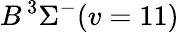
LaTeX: B\, {}^{3}\Sigma^{-}(v=11)